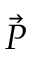
\vec { P }